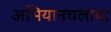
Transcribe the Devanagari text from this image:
अभियानचलाया